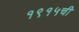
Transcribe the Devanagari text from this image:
१९१५ची